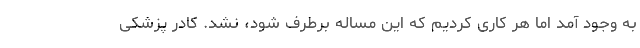
به وجود آمد اما هر کاری کردیم که این مساله برطرف شود، نشد. کادر پزشکی